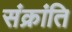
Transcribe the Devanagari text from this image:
संक्रांति